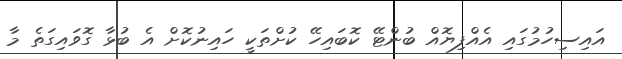
އައިސިހުމުގައި އެއްފިޔޮއް ބުންޓޭ ކޮބައިހޭ ކުށްތަކީ ހައިނުކޮށް އެ ބުޅާ ގޮވައިގަތެ މާ